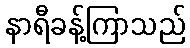
နာရီခန့်ကြာသည်